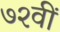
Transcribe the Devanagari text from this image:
७२वीं